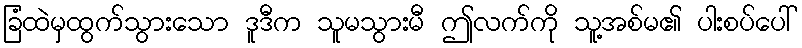
ခြံထဲမှထွက်သွားသော ဒူဒီက သူမသွားမီ ဤလက်ကို သူ့အစ်မ၏ ပါးစပ်ပေါ်